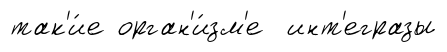
так'и́е орган'и́зм'е инт'егразы